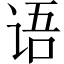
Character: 语